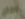
صفائح